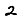
Digit: 2